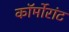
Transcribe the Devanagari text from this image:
कॉर्मोरांट